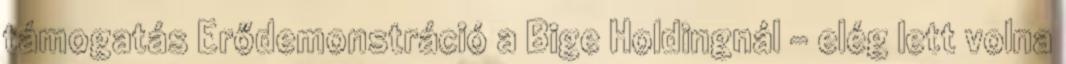
támogatás Erődemonstráció a Bige Holdingnál - elég lett volna